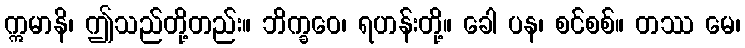
ဣမာနိ၊ ဤသည်တို့တည်း။ ဘိက္ခဝေ၊ ရဟန်းတို့။ ခေါ ပန၊ စင်စစ်။ တဿ မေ၊